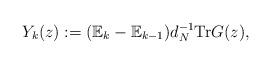
LaTeX: \begin{align*}Y_{k}(z) := (\mathbb{E}_{k}-\mathbb{E}_{k-1})d_{N}^{-1}\mathrm{Tr}G(z),\end{align*}